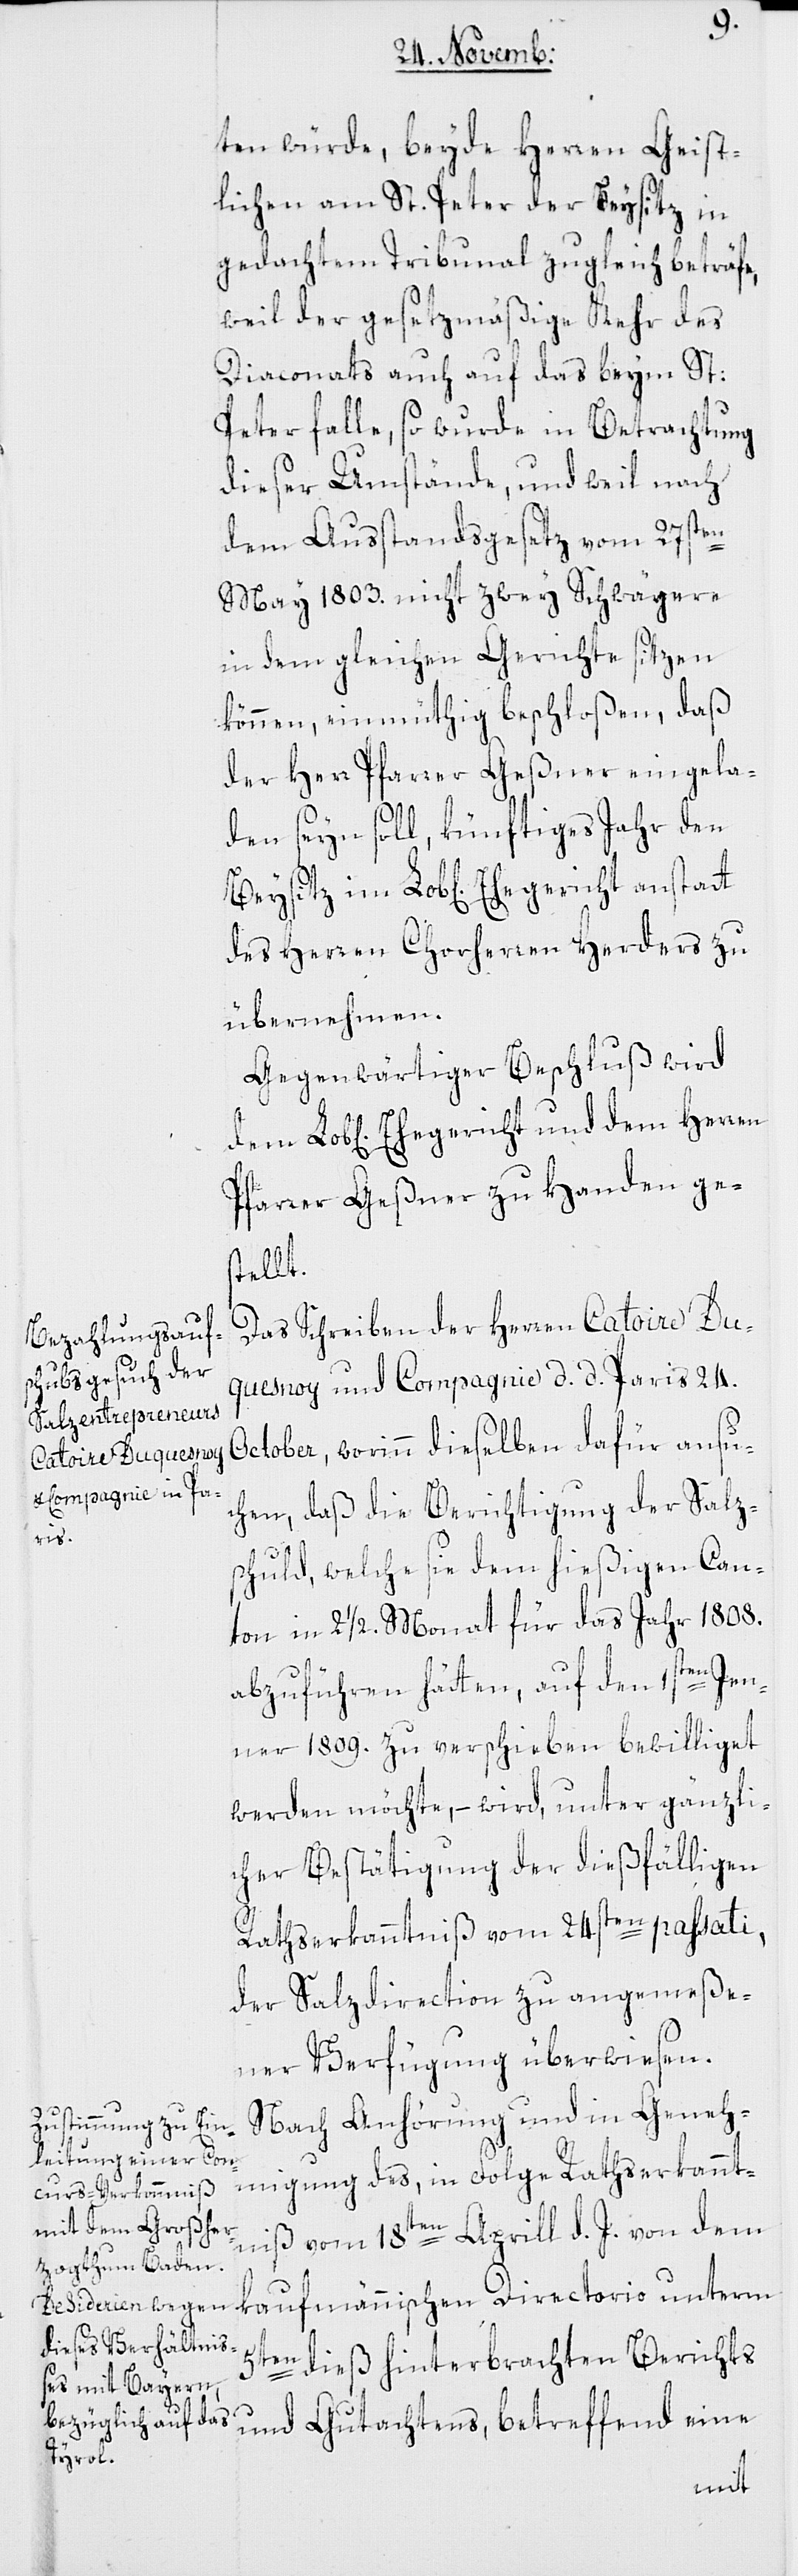
ten würde, beyde Herren Geist¬
lichen am St. Peter der Beysitz in
gedachtem Tribunal zugleich beträfe,
weil der gesetzmäßige Kehr des
Diaconats auch auf das beym St.
Peter falle, so wurde in Betrachtung
dieser Umstände, und weil nach
dem Ausstandsgesetz vom 27sten
May 1803. nicht zwey Schwägere
in dem gleichen Gerichte sitzen
können, einmüthig beschloßen, daß
der Herr Pfarrer Geßner eingela¬
den seyn soll, künftiges Jahr den
des Herren Chorherren Herders zu
übernehmen.
Gegenwärtiger Beschluß wird
chen] Ehegericht und dem Herren
Pfarrer Geßner zu Handen ge¬
stellt.
Das Schreiben der Herren Catoires Du¬
quesnoy und Copagnie d. d. Paris 24.
October, worinn dieselben dafür ansu¬
chen, daß die Berichtigung der Salz¬
schuld, welche sie dem hießigen Can¬
ton in 2 1/2 Monat für das Jahr 1808.
abzuführen hätten, auf den 1sten Jen¬
ner 1809. zu verschieben bewilliget
werden möchte, – wird unter gänzli¬
cher Bestätigung der dießfälligen
Rathserkanntniß vom 24sten passati,
der Salzdirection zu angemeße¬
ner Verfügung überwiesen.
Nach Anhörung und in Geneh¬
migung des, in Folge Rathserkannt¬
niß vom 18ten Aprill d. J. von dem
5ten dieß hinterbrachten Berichts
und Gutachtens, betreffend eine